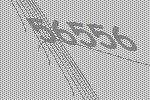
56556